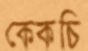
কেকচি